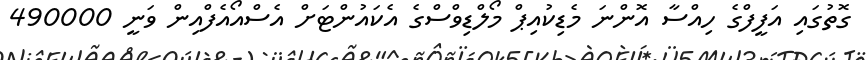
ގޮތުގައި އަފީފްގެ ހިއްސާ އޮންނަ މެޑިކުއިޕް މޯލްޑިވްސްގެ އެކައުންޓަށް އެސްއޯއެފްއިން ވަނީ 490000